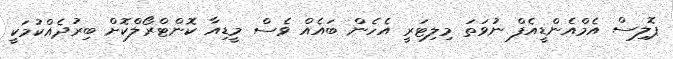
ޕޮލިސް އެމްއެންޑީއެފް ނުވަތަ މިލިޓަރީ އެހެން ބައެއް ވެސް މީޑިއާ ކޮންޓްރޯލްކޮށް ބިރުދެއްކުމަކީ